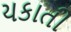
યકાતી